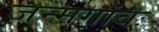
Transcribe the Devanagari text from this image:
जन्मगांवः